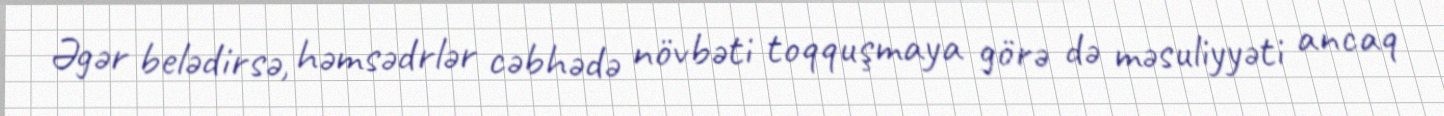
Əgər belədirsə, həmsədrlər cəbhədə növbəti toqquşmaya görə də məsuliyyəti ancaq